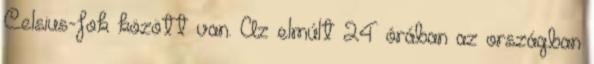
Celsius-fok között van. Az elmúlt 24 órában az országban